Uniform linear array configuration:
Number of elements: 64
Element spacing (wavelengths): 0.25
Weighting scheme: blackman
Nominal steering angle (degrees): -60
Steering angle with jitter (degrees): -61.667
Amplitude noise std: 0.05
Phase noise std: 0.05

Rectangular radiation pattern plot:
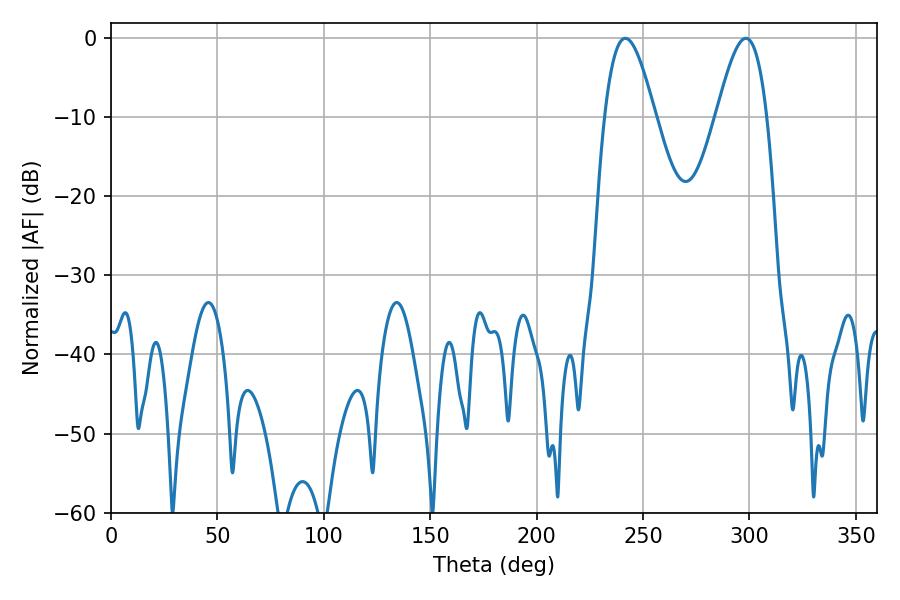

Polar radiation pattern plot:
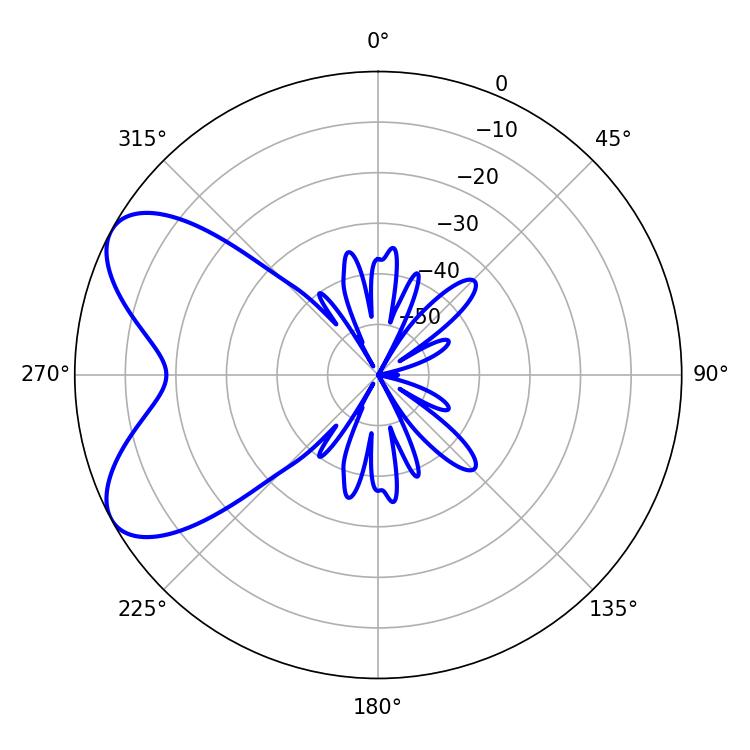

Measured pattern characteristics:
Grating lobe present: FALSE
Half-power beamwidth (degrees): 12.78
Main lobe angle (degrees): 241.74